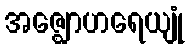
အဇ္ဈောဟရေယျုံ